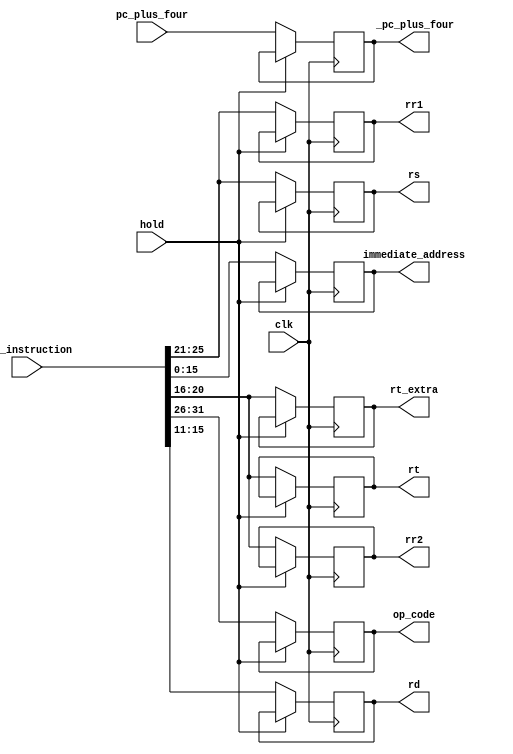
module IF_ID_register(pc_plus_four,out_instruction,
_pc_plus_four,op_code,rr1,rr2,immediate_address,rs,rt,rt_extra,rd,
hold,
clk);//na2es output bta3 control hazard
input wire [31:0] pc_plus_four,out_instruction;
output reg [31:0] _pc_plus_four;
output reg [5:0] op_code;
output reg [4:0] rr1,rr2;
output reg [15:0] immediate_address;
output reg [4:0] rs,rt,rt_extra,rd;
input clk,hold;
always@(posedge clk)
begin
if(!hold)
begin
_pc_plus_four<=pc_plus_four;
op_code<=out_instruction[31:26];
rr1<=out_instruction[25:21];rr2<=out_instruction[20:16];
immediate_address<=out_instruction[15:0];
rs<=out_instruction[25:21];rt<=out_instruction[20:16];
rt_extra<=out_instruction[20:16];rd<=out_instruction[15:11];
end
end

initial begin
_pc_plus_four<=0;
op_code<=0;
rr1<=0;rr2<=0;
immediate_address<=0;
rs<=0;rt<=0;
rt_extra<=0;rd<=0;
end


endmodule